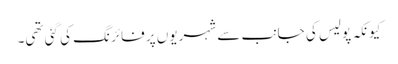
کیونکہ پولیس کی جانب سے شہریوں پر فائرنگ کی گئی تھی۔